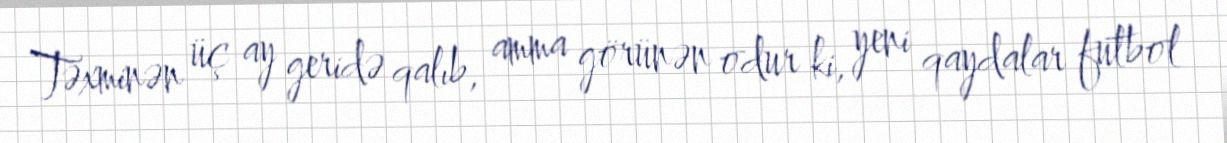
Təxminən üç ay geridə qalıb, amma görünən odur ki, yeni qaydalar futbol